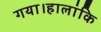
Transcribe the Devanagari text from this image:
गया।हालांकि